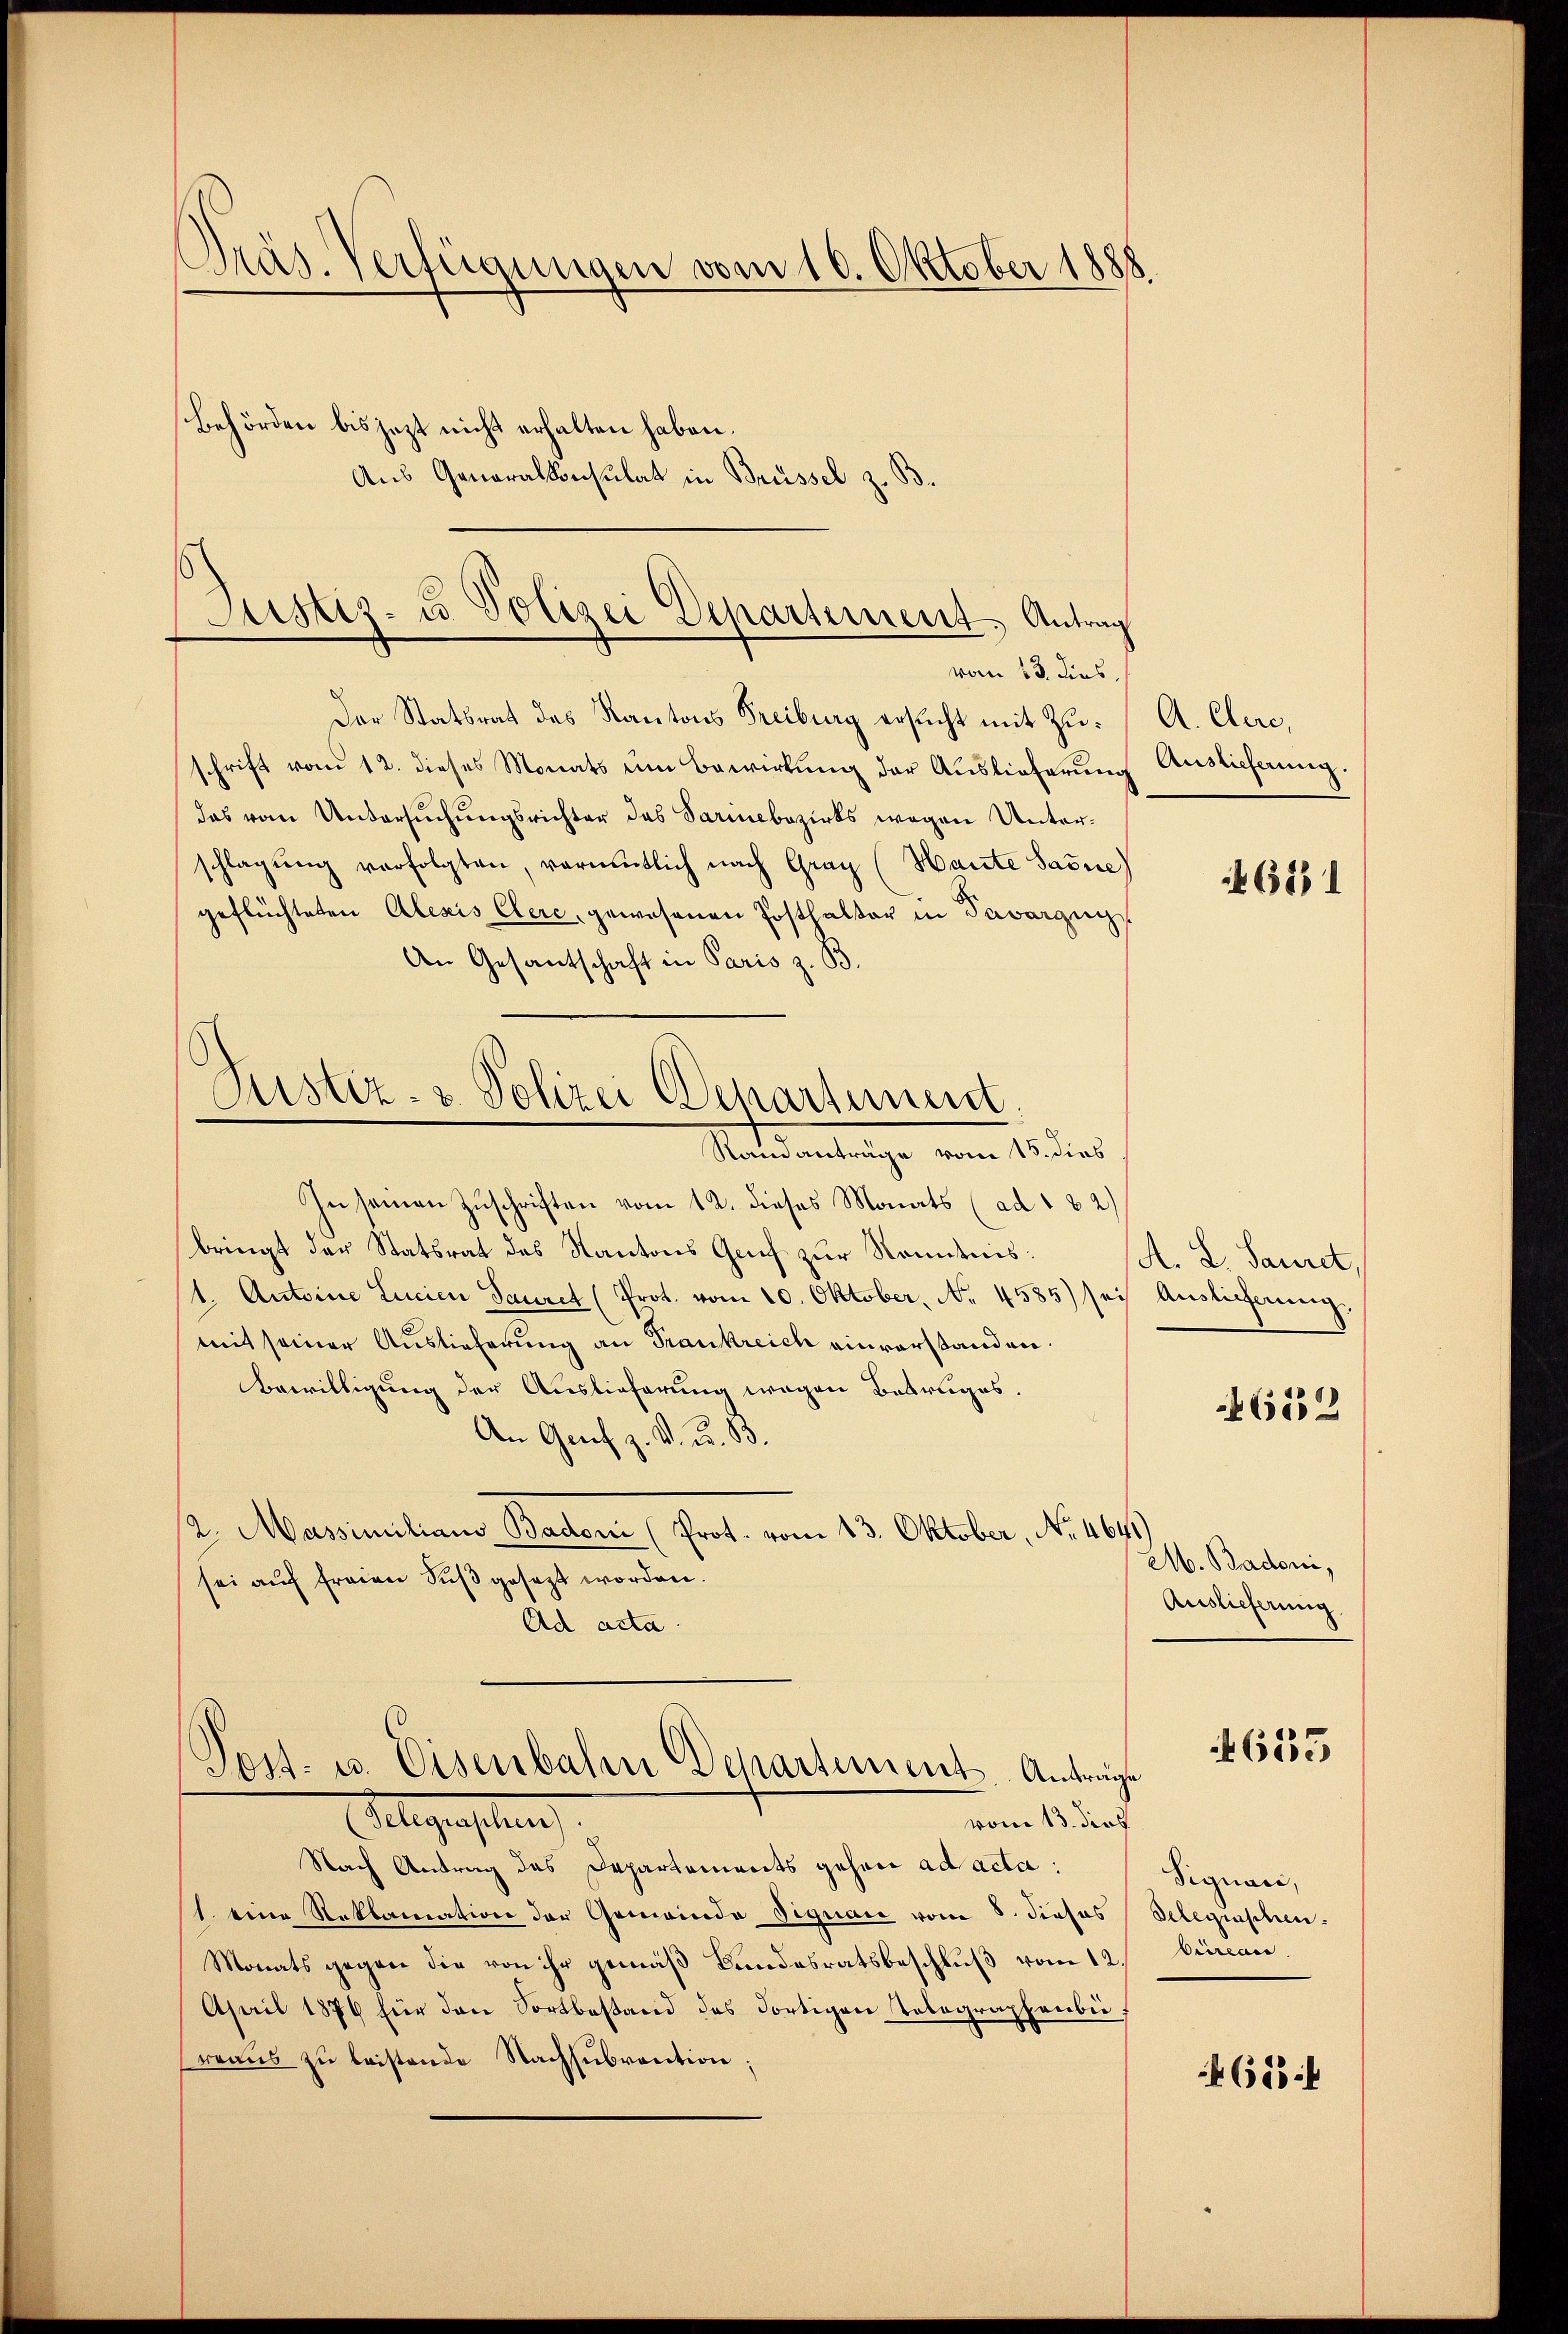
Präs. Verfügungen vom 10. Oktober 1888.
Behörden bis jezt nicht erhalten haben.
Aus Generalkonsulat in Brüssel z

Justiz- u. Polizei Departement. Antrag
vom 13. dies

Der Statsrat des Kantons Freiburg ersucht mit Zuschrift vom 12. dieses Monats um Bewirkung der Auslieferung
das vom Untersuchungsrichter des Sarmebezirks wegen Unterschlagung verfolgten, vermutlich nach Graz (Haute Sarne)
geflüchteten Alexis Clere, gewesenen Posthalter in Savorzug
An Gesantschaft in Paris z. B.
In seinen Zuschriften vom 12. dieses Monats (ad 1 32)
bringt der Statsrat des Kantons Genf zur Kenntnis:
1. Antoine Lucien Sauret (Prot. vom 10. Oktober, No 4585) sei Auslieferung.
mit seiner Auslieferung an Frankreich einverstanden.
Bewilligung der Auslieferung wegen Betruges.
An Genf z. V. u. 83.
2. Massimilian Badoni (Prof. vom 13. Oktober, No. 1691.
sei auf freien Fuß gesezt worden.
Ad acta

Justiz- & Polizei Departement.
Namanträge vom 15. dies

Post- u. Eisenbahn Departements-Anträge

A. Curi,
Auslieferung.

geachtung
vom 13. dies
Nach Antrag des Departements gehen ad acta:
1. eine Reklamation der Gemeinde Signare vom 8. dieses Gelegraphen-
Monats gegen die von ihr gemäß Bundesratsbeschluß vom 12.
April 1876 für den Fortbestand des dortigen Telegraphenbereaŭs zŭ leistende Nachsubvention;

46531

A. L. Sauret,

652

M. Badoni,
Auslieferung

615

Signaci,
Cirean

683 f